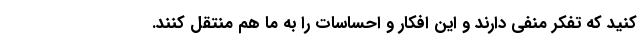
کنید که تفکر منفی دارند و این افکار و احساسات را به ما هم منتقل کنند.